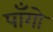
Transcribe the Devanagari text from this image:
पाँगो